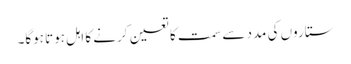
ستاروں کی مدد سے سمت کا تعین کرنے کا اہل ہوتا ہوگا۔